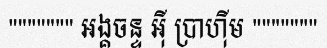
""""""" អង្គចន្ទ អ៊ី ប្រាហ៊ីម """""""